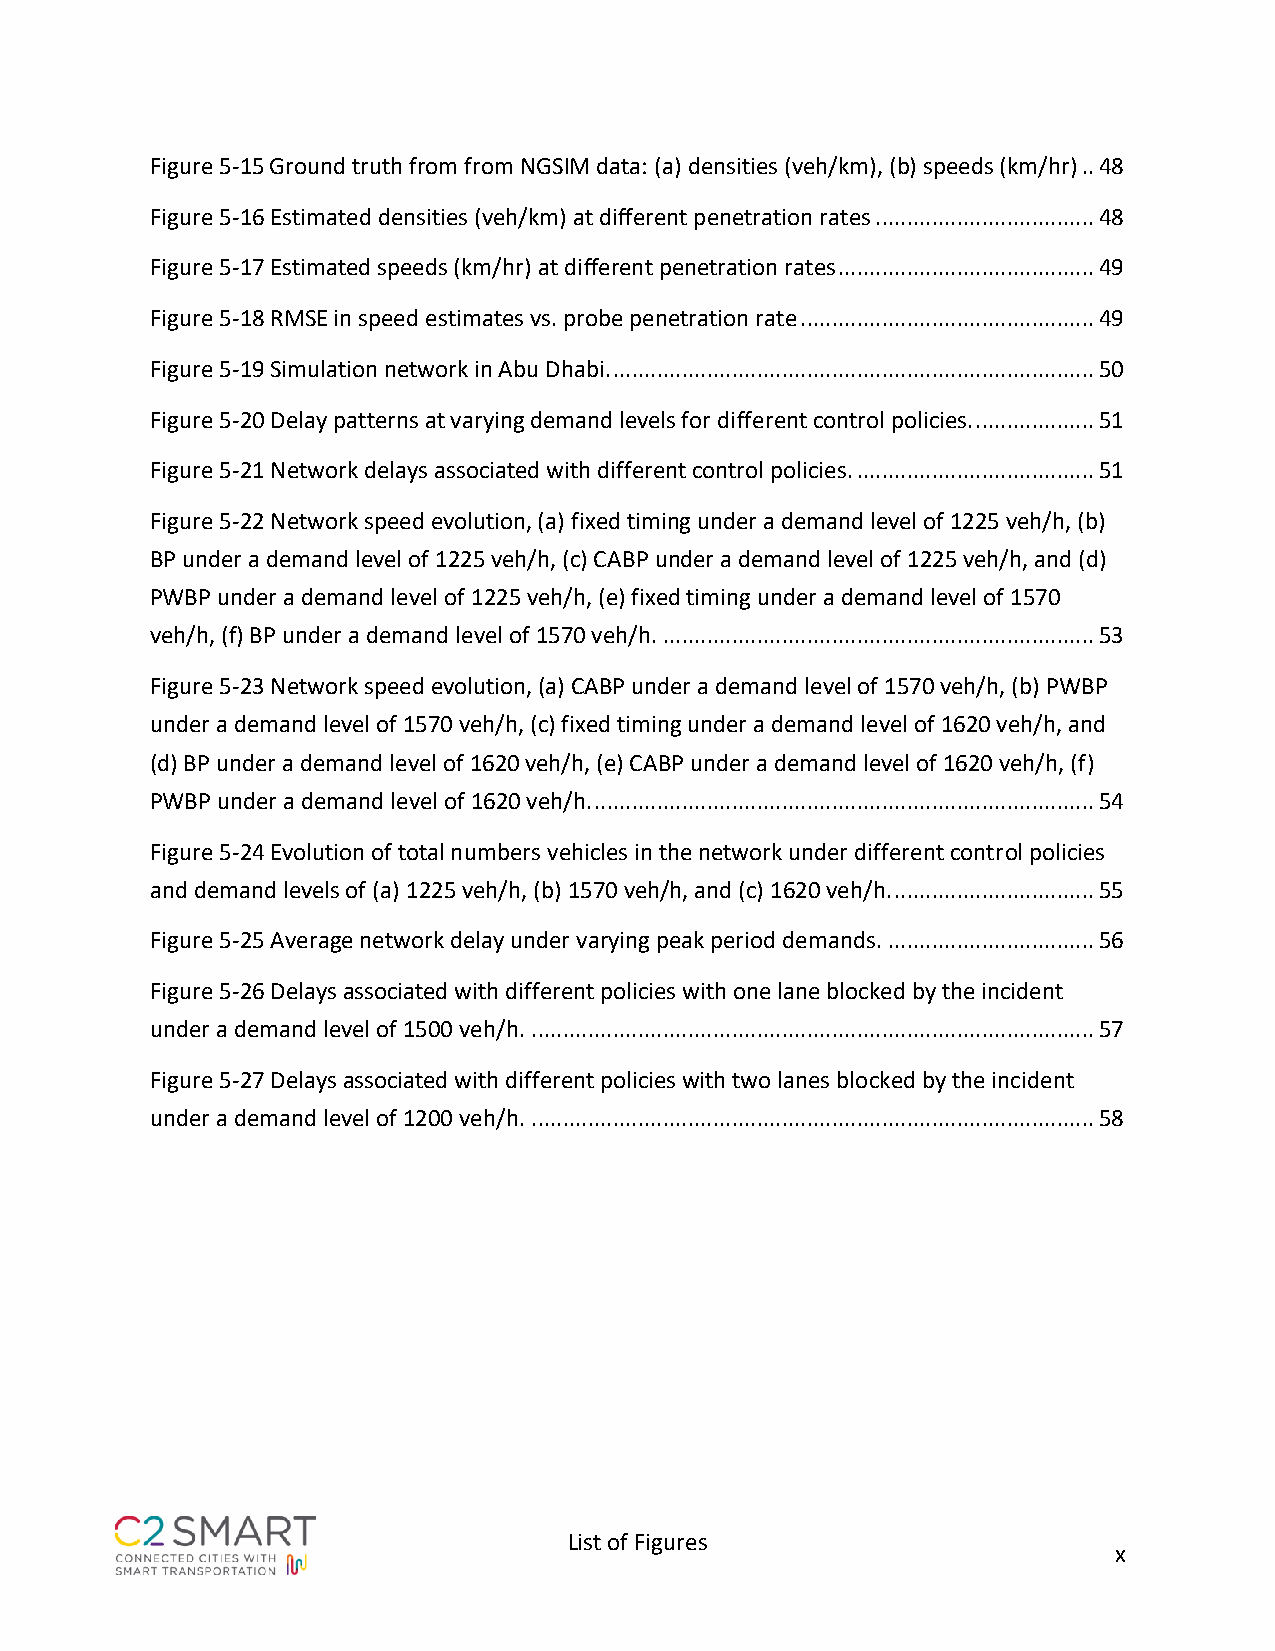
Figure 5-15 Ground truth from from NGSIM data: (a) densities (veh/km), (b) speeds (km/hr) .. 48
 Figure 5-16 Estimated densities (veh/km) at different penetration rates ................................... 48
 Figure 5-17 Estimated speeds (km/hr) at different penetration rates ......................................... 49
 Figure 5-18 RMSE in speed estimates vs. probe penetration rate ............................................... 49
 Figure 5-19 Simulation network in Abu Dhabi. ............................................................................. 50
 Figure 5-20 Delay patterns at varying demand levels for different control policies. ................... 51
 Figure 5-21 Network delays associated with different control policies. ...................................... 51
 Figure 5-22 Network speed evolution, (a) fixed timing under a demand level of 1225 veh/h, (b)
 BP under a demand level of 1225 veh/h, (c) CABP under a demand level of 1225 veh/h, and (d)
 PWBP under a demand level of 1225 veh/h, (e) fixed timing under a demand level of 1570
 veh/h, (f) BP under a demand level of 1570 veh/h. ..................................................................... 53
 Figure 5-23 Network speed evolution, (a) CABP under a demand level of 1570 veh/h, (b) PWBP
 under a demand level of 1570 veh/h, (c) fixed timing under a demand level of 1620 veh/h, and
 (d) BP under a demand level of 1620 veh/h, (e) CABP under a demand level of 1620 veh/h, (f)
 PWBP under a demand level of 1620 veh/h. ................................................................................ 54
 Figure 5-24 Evolution of total numbers vehicles in the network under different control policies
 and demand levels of (a) 1225 veh/h, (b) 1570 veh/h, and (c) 1620 veh/h. ................................ 55
 Figure 5-25 Average network delay under varying peak period demands. ................................. 56
 Figure 5-26 Delays associated with different policies with one lane blocked by the incident
 under a demand level of 1500 veh/h. .......................................................................................... 57
 Figure 5-27 Delays associated with different policies with two lanes blocked by the incident
 under a demand level of 1200 veh/h. .......................................................................................... 58
 List of Figures
 x